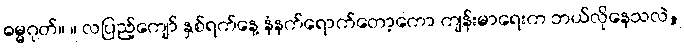
ဓမ္မဂုတ်။ ။ လပြည့်ကျော် နှစ်ရက်နေ့ နံနက်ရောက်တော့ကော ကျန်းမာရေးက ဘယ်လိုနေသလဲ,